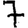
Digit: 7